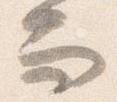
而